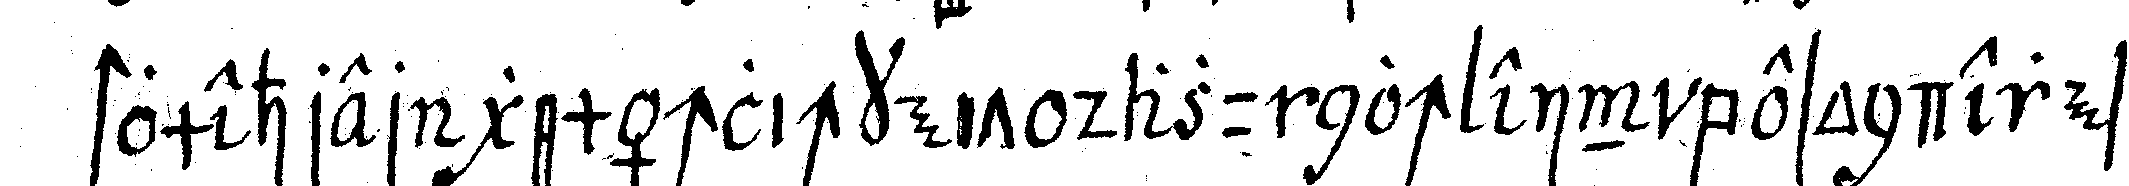
stomehrer gemächlichkeit dazu noch ein besonderes